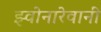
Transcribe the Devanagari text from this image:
झ्वोनारेवानीं